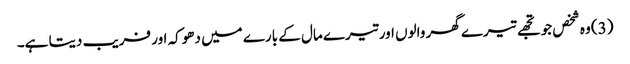
(3) وہ شخص جو تجھے تیرے گھر والوں اور تیرے مال کے بارے میں دھوکہ اور فریب دیتا ہے۔